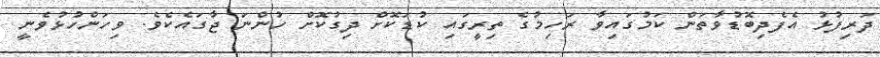
ދަރިފުޅު އެފެދިބޮޑުވާތަން ކަމުގައިވާ ރަހިމުގެ ތިރީގައި ކުޑަކޮށް ދިގުކޮށް ހުންނަ ޖާގައެކެވެ. ވިހަންހުޅުވެނީ